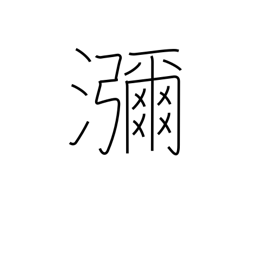
Meaning: copious flow